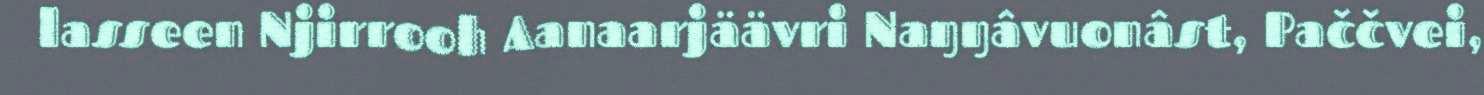
lasseen Njirrooh Aanaarjäävri Naŋŋâvuonâst, Paččvei,